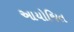
આયોજિત